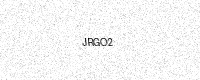
Text: JRGO2